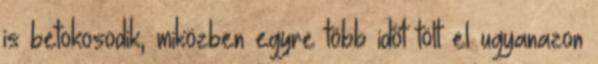
is betokosodik, miközben egyre több időt tölt el ugyanazon